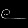
Digit: ၉